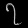
Digit: ၇